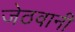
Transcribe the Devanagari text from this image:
जेठवानी